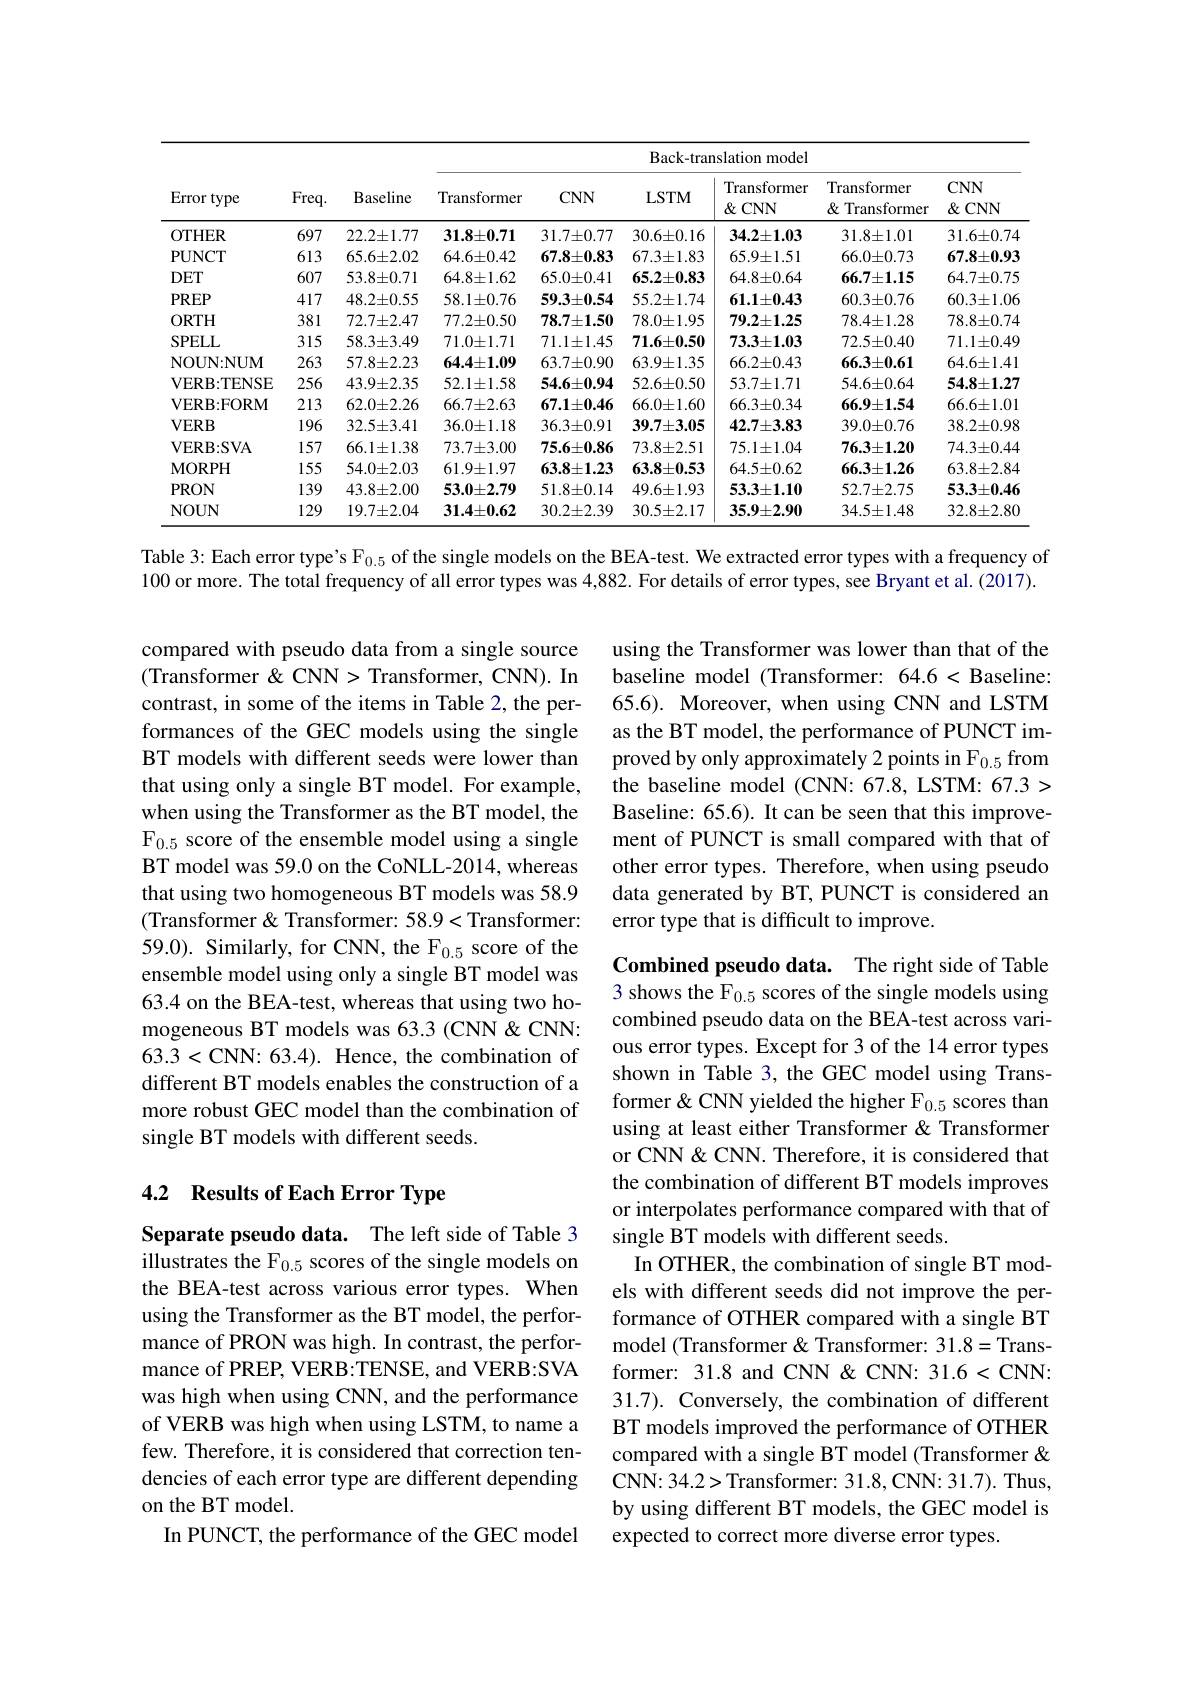
<table>
	<tbody>
		<tr>
			<th rowspan="2">Error type</th>
			<th rowspan="2">$Freq.$</th>
			<th rowspan="2">Baseline</th>
			<th colspan="6">Back-translation model</th>
		</tr>
		<tr>
			<th>Transformer</th>
			<th>$CNN$</th>
			<th>LSTM</th>
			<th>Transformer $\&$CNN</th>
			<th>Transformer $\&$ Transformer</th>
			<th>$CNN$ $\&$CNN</th>
		</tr>
		<tr>
			<td>OTHER</td>
			<td>697</td>
			<td>$22.2\pm1.77$</td>
			<td>$31.8\pm0.71$</td>
			<td>$31.7\pm0.77$</td>
			<td>$30.6\pm0.16$</td>
			<td>$34.2\pm1.03$</td>
			<td>$31.8\pm1.01$</td>
			<td>$31.6\pm0.74$</td>
		</tr>
		<tr>
			<td>$\mathbf{PUNCT}$</td>
			<td>613</td>
			<td>$65.6\pm2.02$</td>
			<td>$64.6\pm0.42$</td>
			<td>$67.8\pm0.83$</td>
			<td>$67.3\pm1.83$</td>
			<td>$65.9\pm1.51$</td>
			<td>$66.0\pm0.73$</td>
			<td>$67.8\pm0.93$</td>
		</tr>
		<tr>
			<td>$DET$</td>
			<td>607</td>
			<td>$53.8\pm0.71$</td>
			<td>$64.8\pm1.62$</td>
			<td>$65.0\pm0.41$</td>
			<td>$65.2\pm0.83$</td>
			<td>$64.8\pm0.64$</td>
			<td>$66.7\pm1.15$</td>
			<td>$64.7\pm0.75$</td>
		</tr>
		<tr>
			<td>$PREP$</td>
			<td>417</td>
			<td>$48.2\pm0.55$</td>
			<td>$58.1\pm0.76$</td>
			<td>$59.3\pm0.54$</td>
			<td>$55.2\pm1.74$</td>
			<td>$61.1\pm0.43$</td>
			<td>$60.3\pm0.76$</td>
			<td>$60.3\pm1.06$</td>
		</tr>
		<tr>
			<td>ORTH</td>
			<td>381</td>
			<td>$72.7\pm2.47$</td>
			<td>$77.2\pm0.50$</td>
			<td>$78.7\pm1.50$</td>
			<td>$78.0\pm1.95$</td>
			<td>$79.2\pm1.25$</td>
			<td>$78.4\pm1.28$</td>
			<td>$78.8\pm0.74$</td>
		</tr>
		<tr>
			<td>SPELL</td>
			<td>315</td>
			<td>$58.3\pm3.49$</td>
			<td>$71.0\pm1.71$</td>
			<td>$71.1\pm1.45$</td>
			<td>$71.6\pm0.50$</td>
			<td>$73.3\pm1.03$</td>
			<td>$72.5\pm0.40$</td>
			<td>$71.1\pm0.49$</td>
		</tr>
		<tr>
			<td>NOUN:NUM</td>
			<td>263</td>
			<td>$57.8\pm2.23$</td>
			<td>$64.4\pm1.09$</td>
			<td>$63.7\pm0.90$</td>
			<td>$63.9\pm1.35$</td>
			<td>$66.2\pm0.43$</td>
			<td>$66.3\pm0.61$</td>
			<td>$64.6\pm1.41$</td>
		</tr>
		<tr>
			<td>VERB:TENSE</td>
			<td>256</td>
			<td>$43.9\pm2.35$</td>
			<td>$52.1\pm1.58$</td>
			<td>$54.6\pm0.94$</td>
			<td>$52.6\pm0.50$</td>
			<td>$53.7\pm1.71$</td>
			<td>$54.6\pm0.64$</td>
			<td>$54.8\pm1.27$</td>
		</tr>
		<tr>
			<td>VERB: FORM</td>
			<td>213</td>
			<td>$62.0\pm2.26$</td>
			<td>$66.7\pm2.63$</td>
			<td>$67.1\pm0.46$</td>
			<td>$66.0\pm1.60$</td>
			<td>$66.3\pm0.34$</td>
			<td>$66.9\pm1.54$</td>
			<td>$66.6\pm1.01$</td>
		</tr>
		<tr>
			<td>$VERB$</td>
			<td>196</td>
			<td>$32.5\pm3.41$</td>
			<td>$36.0\pm1.18$</td>
			<td>$36.3\pm0.91$</td>
			<td>$39.7\pm3.05$</td>
			<td>$42.7\pm3.83$</td>
			<td>$39.0\pm0.76$</td>
			<td>$38.2\pm0.98$</td>
		</tr>
		<tr>
			<td>$\mathbf{VERB:SVA}$</td>
			<td>157</td>
			<td>$66.1\pm1.38$</td>
			<td>$73.7\pm3.00$</td>
			<td>$75.6\pm0.86$</td>
			<td>$73.8\pm2.51$</td>
			<td>$75.1\pm1.04$</td>
			<td>$76.3\pm1.20$</td>
			<td>$74.3\pm0.44$</td>
		</tr>
		<tr>
			<td>MORPH</td>
			<td>155</td>
			<td>$54.0\pm2.03$</td>
			<td>$61.9\pm1.97$</td>
			<td>$63.8\pm1.23$</td>
			<td>$63.8\pm0.53$</td>
			<td>$64.5\pm0.62$</td>
			<td>$66.3\pm1.26$</td>
			<td>$63.8\pm2.84$</td>
		</tr>
		<tr>
			<td>PRON</td>
			<td>139</td>
			<td>$43.8\pm2.00$</td>
			<td>$53.0\pm2.79$</td>
			<td>$51.8\pm0.14$</td>
			<td>$49.6\pm1.93$</td>
			<td>$53.3\pm1.10$</td>
			<td>$52.7\pm2.75$</td>
			<td>$53.3\pm0.46$</td>
		</tr>
		<tr>
			<td>NOUN</td>
			<td>129</td>
			<td>$19.7\pm2.04$</td>
			<td>$31.4\pm0.62$</td>
			<td>$30.2\pm2.39$</td>
			<td>$30.5\pm2.17$</td>
			<td>$35.9\pm2.90$</td>
			<td>$34.5\pm1.48$</td>
			<td>$32.8\pm2.80$</td>
		</tr>
	</tbody>
</table>

Table 3: Each error type's F$_{0.5}$ of the single models on the BEA-test. We extracted error types with a frequency of

100 or more. The total frequency of all error types was 4,882. For details of error types, see Bryant et al. (2017).

using the Transformer was lower than that of the baseline model (Transformer: 64.6<Baseline: 65.6). Moreover, when using CNN and LSTM as the BT model, the performance of PUNCT improved by only approximately 2 points in F$_{0.5}$ from the baseline model (CNN: 67.8, LSTM: 67.3> Baseline: 65.6). It can be seen that this improvement of PUNCT is small compared with that of other error types. Therefore, when using pseudo data generated by BT, PUNCT is considered an error type that is difficult to improve.

compared with pseudo data from a single source (Transformer &CNN> Transformer, CNN). In contrast, in some of the items in Table 2, the performances of the GEC models using the single BT models with different seeds were lower than that using only a single BT model. For example, when using the Transformer as the BT model, the F$_{0.5}$ score of the ensemble model using a single BT model was 59.0 on the CoNLL-2014, whereas that using two homogeneous BT models was 58.9 (Transformer& Transformer: 58.9<Transformer: 59.0). Similarly, for CNN, the F$_{0.5}$ score of the ensemble model using only a single BT model was 63.4 on the BEA-test, whereas that using two homogeneous BT models was 63.3 (CNN&CNN: 63.3<CNN: 63.4). Hence, the combination of different BT models enables the construction of a more robust GEC model than the combination of single BT models with different seeds.

# 4.2 Results of Each Error Type

Combined pseudo data. The right side of Table 3 shows the F$_{0.5}$ scores of the single models using combined pseudo data on the BEA-test across various error types. Except for 3 of the 14 error types shown in Table 3, the GEC model using Transformer & CNN yielded the higher F$_{0.5}$ scores than using at least either Transformer & Transformer or CNN& CNN. Therefore, it is considered that the combination of different BT models improves or interpolates performance compared with that of single BT models with different seeds.
In OTHER, the combination of single BT models with different seeds did not improve the performance of OTHER compared with a single BT model (Transformer & Transformer: 31.8=Transformer: 31.8 and CNN & CNN: 31.6<CNN: 31.7). Conversely, the combination of different BT models improved the performance of OTHER compared with a single BT model (Transformer & CNN: 34.2> Transformer: 31.8, CNN: 31.7). Thus, by using different BT models, the GEC model is expected to correct more diverse error types.

Separate pseudo data. The left side of Table 3 illustrates the F$_{0.5}$ scores of the single models on the BEA-test across various error types. When using the Transformer as the BT model, the performance of PRON was high. In contrast, the performance of PREP, VERB:TENSE, and VERB:SVA was high when using CNN, and the performance of VERB was high when using LSTM, to name a few. Therefore, it is considered that correction tendencies of each error type are different depending on the BT model.
In PUNCT, the performance of the GEC model